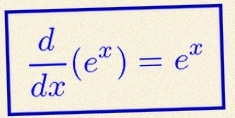
\frac{d}{dx}(e^x)=e^x